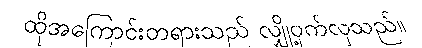
ထိုအကြောင်းတရားသည် လျှို့ဝှက်လှသည်။